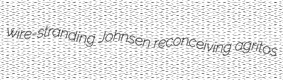
wire-stranding Johnsen reconceiving agritos